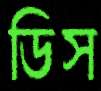
ডিস